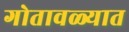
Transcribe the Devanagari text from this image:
गोतावळ्यात